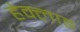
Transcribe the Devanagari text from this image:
हेक्लाङ